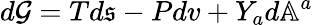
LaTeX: d\mathcal{G}=Td\mathfrak{s}-Pdv+Y_{a}d\mathbb{A}^{a}